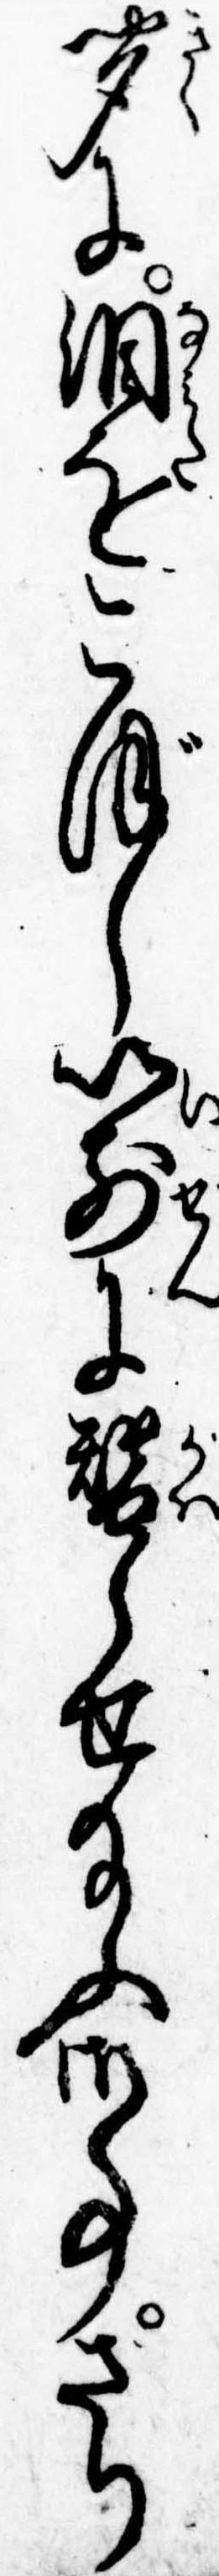
聞に涙をこぼし以前に替らせ給ふ御事さり